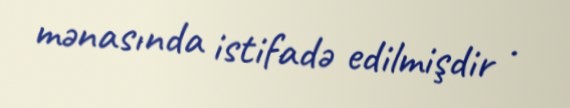
mənasında istifadə edilmişdir .